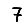
Digit: 7